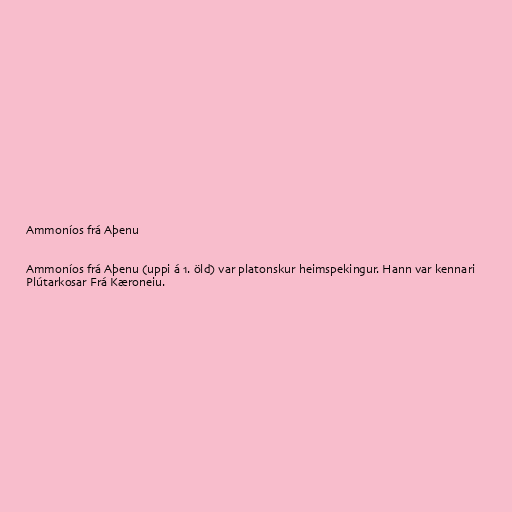
Ammoníos frá Aþenu

Ammoníos frá Aþenu (uppi á 1. öld) var platonskur heimspekingur. Hann var kennari
Plútarkosar Frá Kæroneiu.